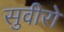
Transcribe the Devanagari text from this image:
सुवीरो